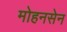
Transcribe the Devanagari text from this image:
मोहनसेन